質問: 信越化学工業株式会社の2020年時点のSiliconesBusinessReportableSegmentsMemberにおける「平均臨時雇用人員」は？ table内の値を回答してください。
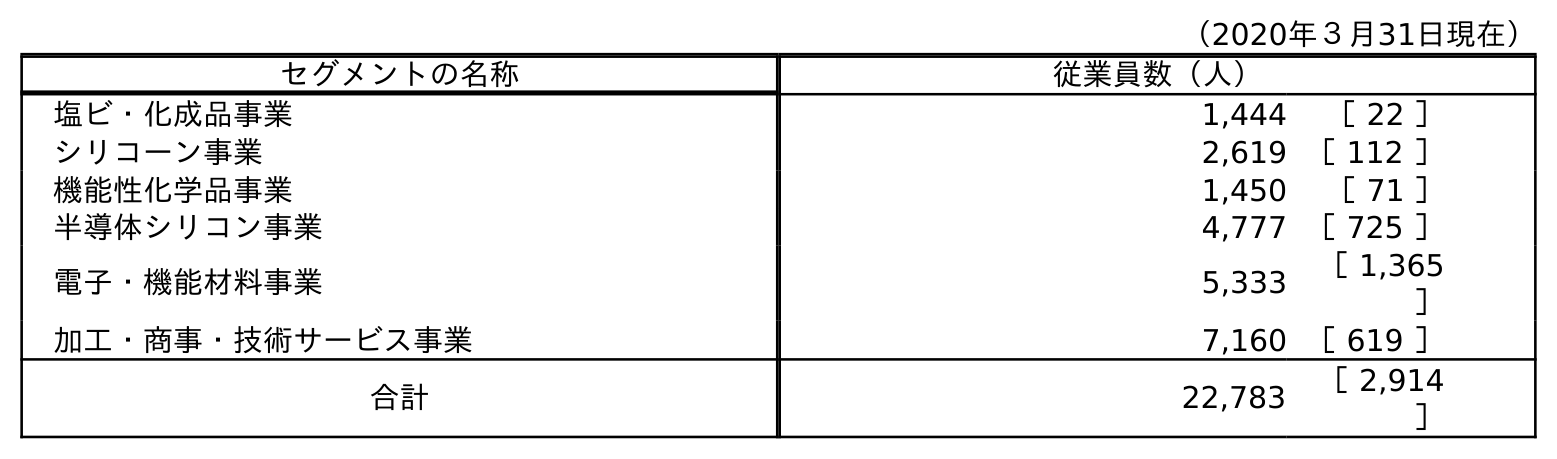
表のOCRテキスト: （2020年３月31日現在） セグメントの名称 従業員数（人） 塩ビ・化成品事業 1,444 ［ 22 ］ シリコーン事業 2,619 ［ 112 ］ 機能性化学品事業 1,450 ［ 71 ］ 半導体シリコン事業 4,777 ［ 725 ］ 電子・機能材料事業 5,333 ［ 1,365 ］ 加工・商事・技術サービス事業 7,160 ［ 619 ］ 合計 22,783 ［ 2,914 ］
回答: ［112］